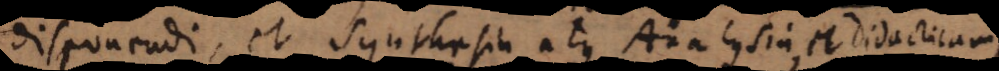
disponendi, et Synthesin atque Analysin, et Didacticam,